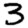
Digit: 3